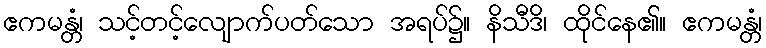
ဧကမန္တံ၊ သင့်တင့်လျောက်ပတ်သော အရပ်၌။ နိသီဒိ၊ ထိုင်နေ၏။ ဧကမန္တံ၊